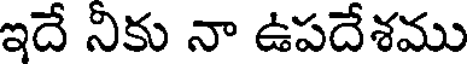
ఇదే నికు నా ఉపదేశము